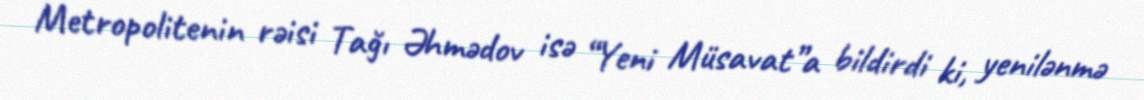
Metropolitenin rəisi Tağı Əhmədov isə “Yeni Müsavat”a bildirdi ki, yenilənmə